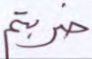
ضربتم